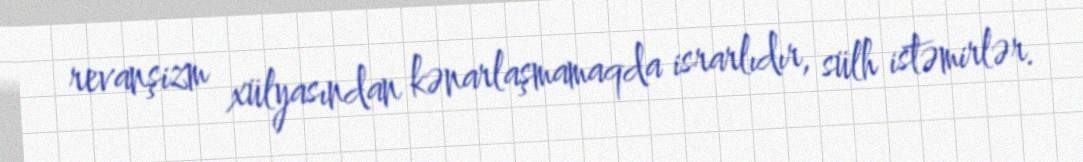
revanşizm xülyasından kənarlaşmamaqda israrlıdır, sülh istəmirlər.